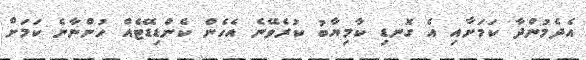
އެދެމުންދާ ކަމަށާއި އެ ގޮނޑި ކާމިޔާބު ކުރެވޭނެ އެހެން ކެންޑިޑޭޓެއް ހުންނާނެ ކަމަށް